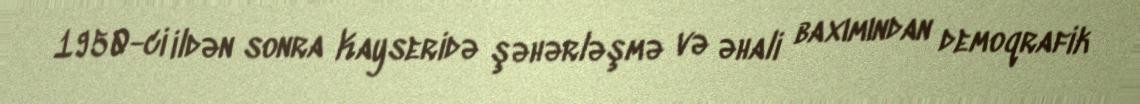
1950-ci ildən sonra Kayseridə şəhərləşmə və əhali baxımından demoqrafik